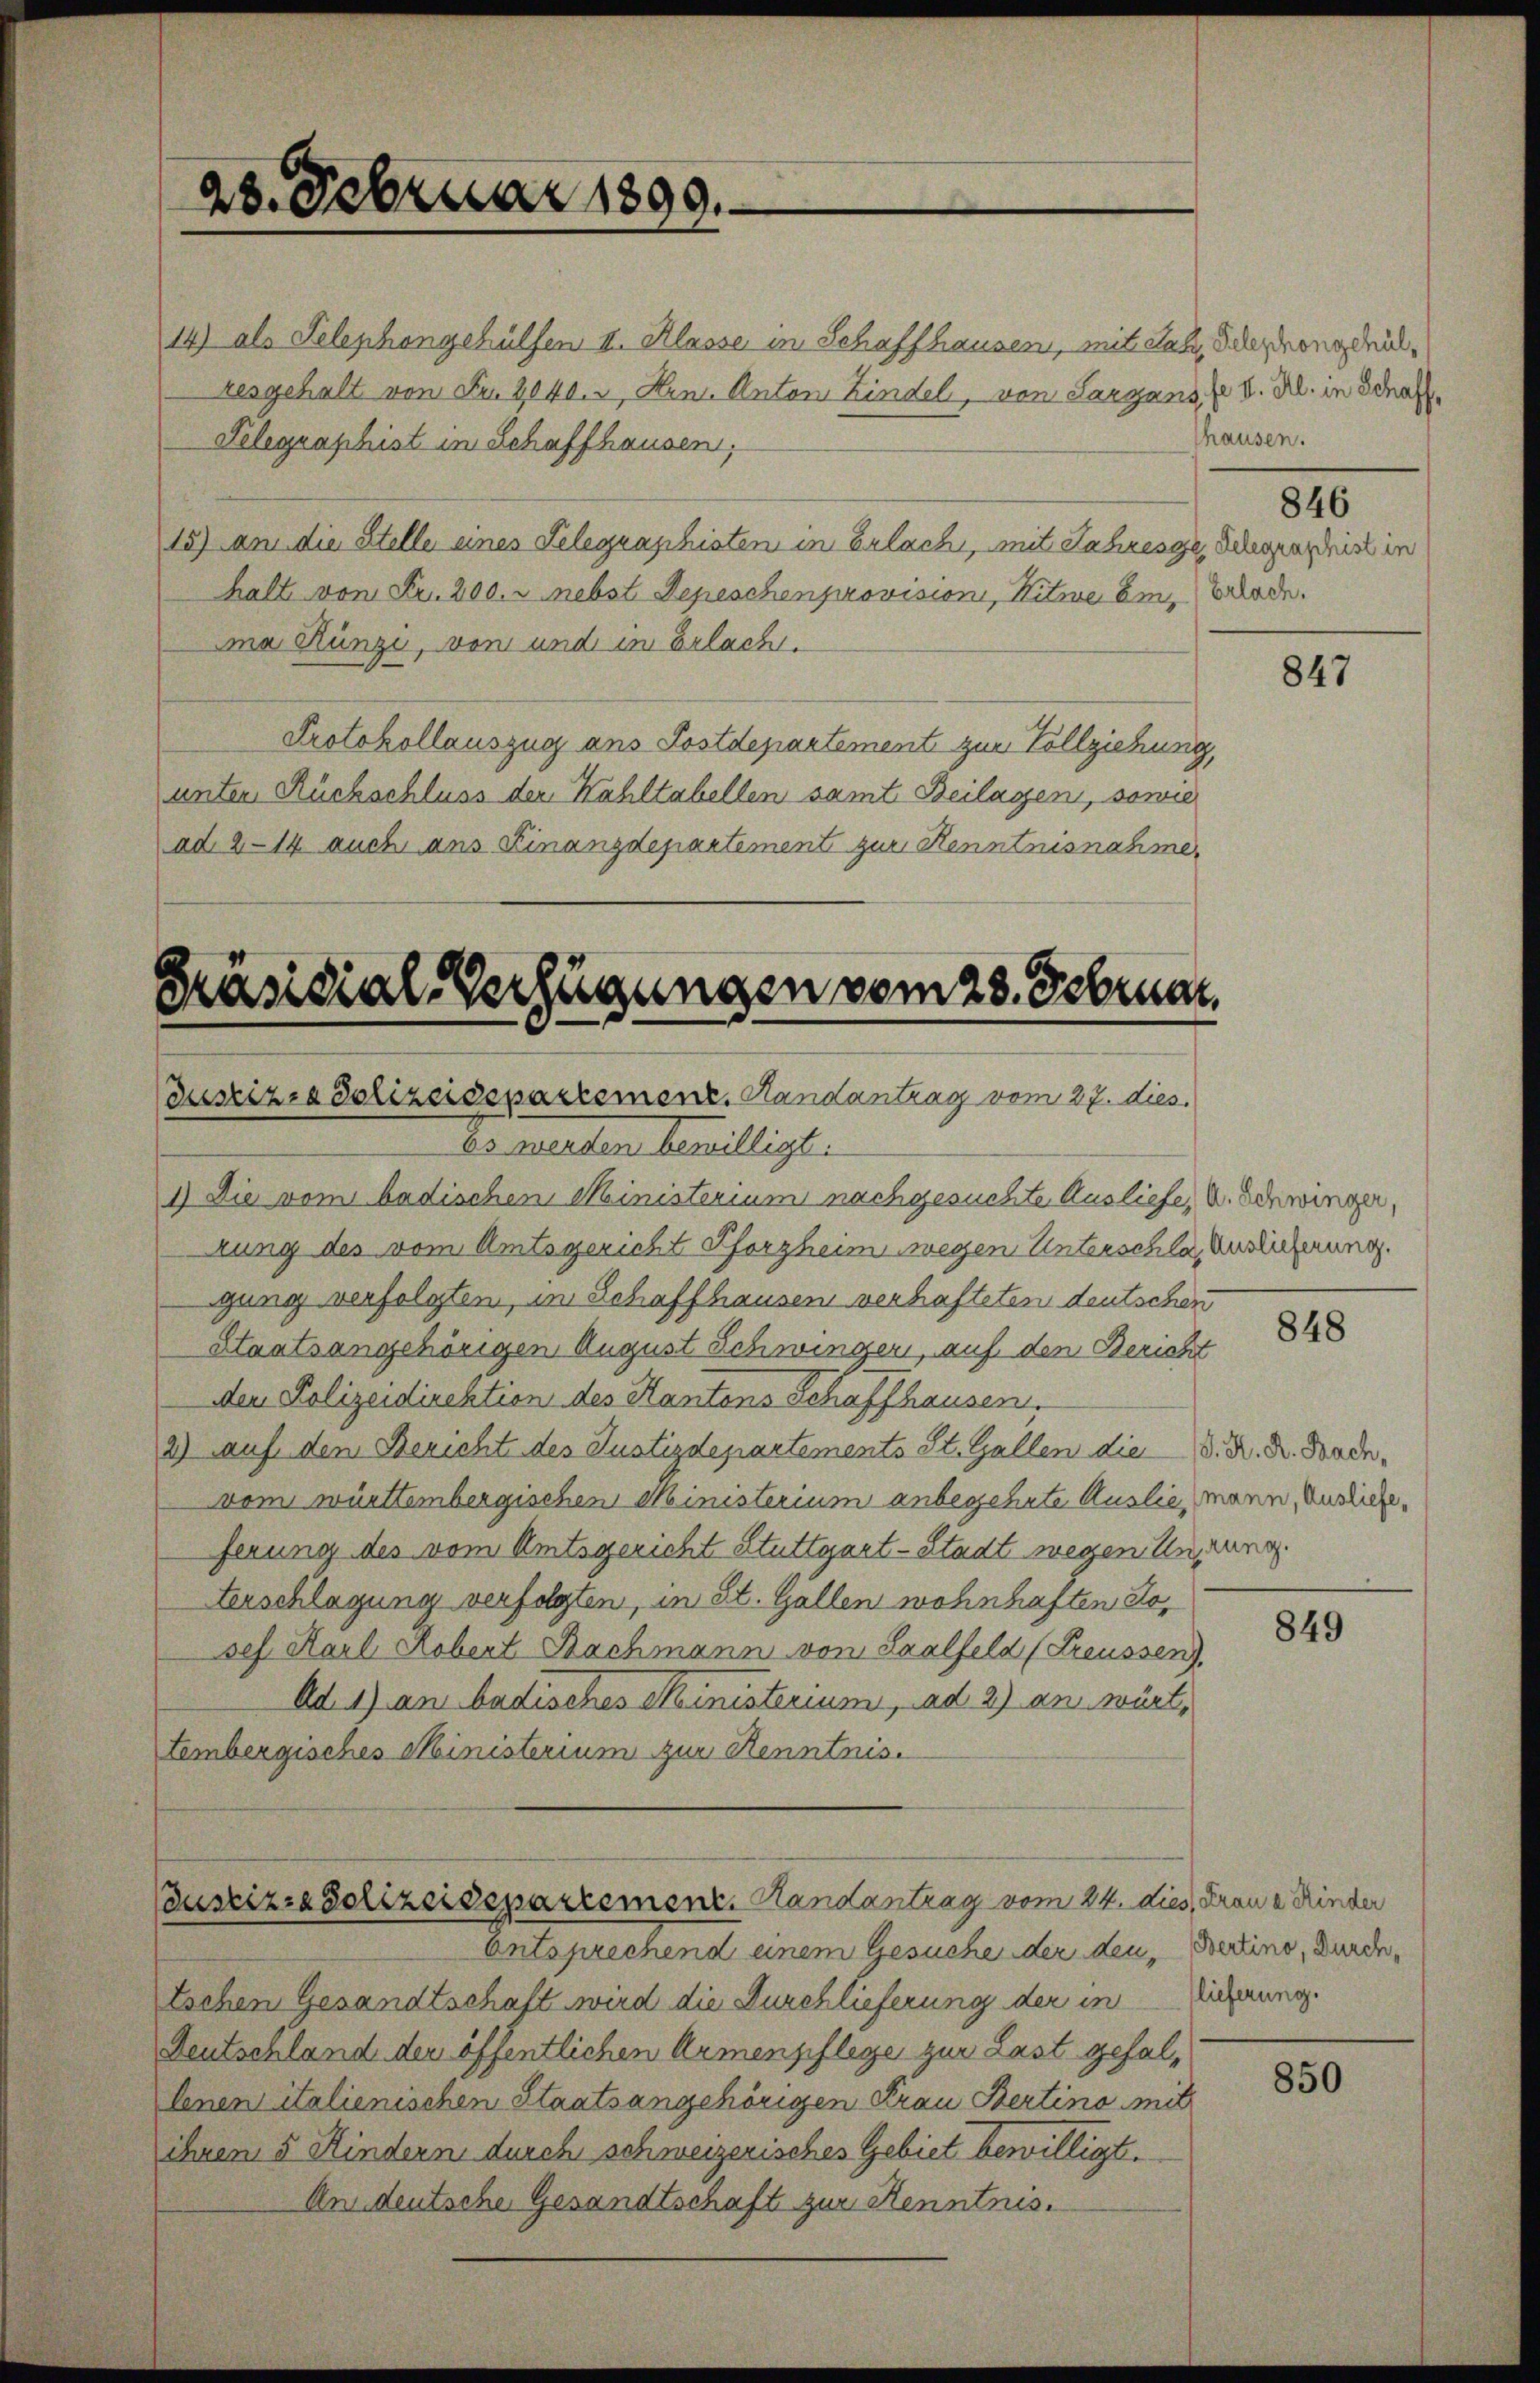
14) als Telephongehülfen II. Klasse im Schaffhausen, mit das Ordongdeülresgehalt von Fr. 2040., Hrn. Anton Kindel, von Sargans ( v. M. in Straf
Telegraphist in Schaffhausen,
15) an die Stelle eines Telegraschisten in Erlach, mit Jahresze Schwandnis in
halt von Fr. 200. nebst Depeschenprovisioni, Witwe Ein Brode.
ma Künzi, von und im Erlach.
Protokollauszug aus Postdepartement zur Vollziehung,
unter Rückschluss der Wahltabellen samt Beilagen, sowie
ad 214. auch ans Finanzdepartement zur Kenntnisnahme,

28. Februar 1899.

Präsidial-Verfügungen vom 28. Februar,
Zustizia Polizeidepartement. Handantrag vom 27. dies.

83 werden bewilligt.
1) Die vom badischen Ministerium nachgesuchte Ausliefe, u. Schwinger,
rung des vom Amtsgericht Pforzheim wegen Unterschlag derlicherung.
gung verfolgten, in Schaffhausen verhafteten deutschen
Staatsangehörigen August Schwinger, auf den Bericht
den Polizeidirektion des Kantons Schaffhausen.
2) auf den Bericht des Justizdepartements St. Gallen die D. R. R. Badevom württembergischen Ministerium anbegehrte Auslie, mann, Auslicheferung des vom Amtsgericht Stuttgart-Stadt wegen Ungung
Verschlagung verfolgten, in St. Gallen wohnhaften Soses. Karl Robert Bachmann von Saalfeld (Preussen),
Ad 1) an badisches Ministerium, ad 2) an würt,
tembergisches Ministerium zur Kenntnis.

Bustiz- & Polizeisepartement. Handantrag vom 24. dies, Fraue Kinder

Entsprechend einem Gesuche der den Bertino, wurde,
tschen Gesandtschaft wird die Durchlieferung der in Lichnung.
Deutschland der öffentlichen Armenpflege zur Last gefalbenen italienischen Staatsangehörigen Frau Bertino mit
ihnen 5 Kindern durch schweizerisches Gebiet bewilligt.
An deutsche Gesandtschaft zur Kenntnis.

thausen.

846

847

848

849

850